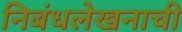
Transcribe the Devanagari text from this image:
निबंधलेखनाची